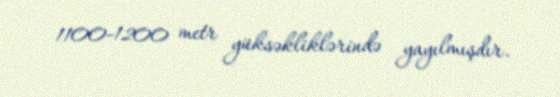
1100-1200 metr yüksəkliklərində yayılmışdır.